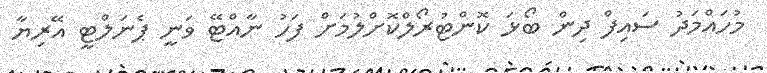
މުހައްމަދު ސައިފް ދިން ބޯޅަ ކޮންޓުރޯލްކޮށްލުމަށް ފަހު ނާއްޓޭ ވަނީ ޕެނަލްޓީ އޭރިޔާ